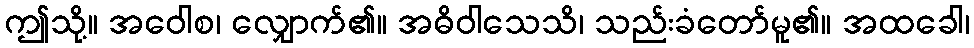
ဤသို့။ အဝေါစ၊ လျှောက်၏။ အဓိဝါသေသိ၊ သည်းခံတော်မူ၏။ အထခေါ၊